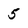
Character: 5